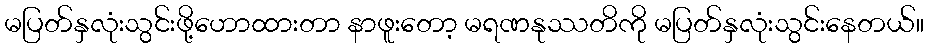
မပြတ်နှလုံးသွင်းဖို့ဟောထားတာ နာဖူးတော့ မရဏနုဿတိကို မပြတ်နှလုံးသွင်းနေတယ်။